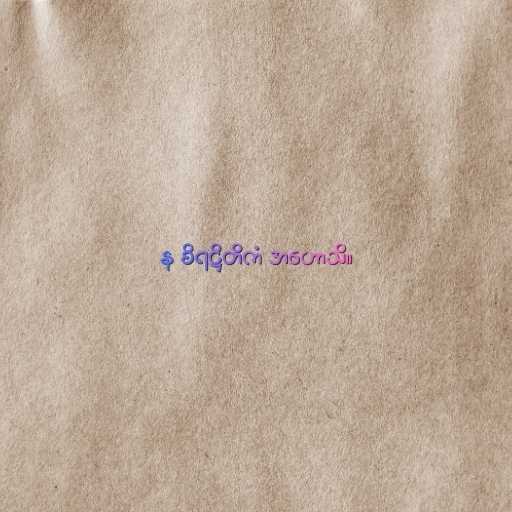
န စိရဋ္ဌိတိကံ အဟောသိ။